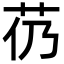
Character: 芿